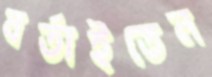
বর্তাইতেন